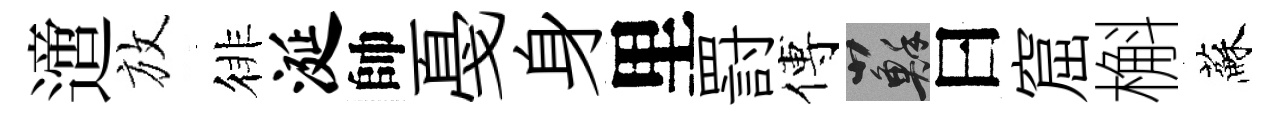
𨗁放徘涎帥戞身里罸傅蘇曰窟槲蘇